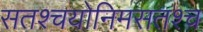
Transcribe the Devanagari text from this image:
सतश्चयोनिमसतश्च